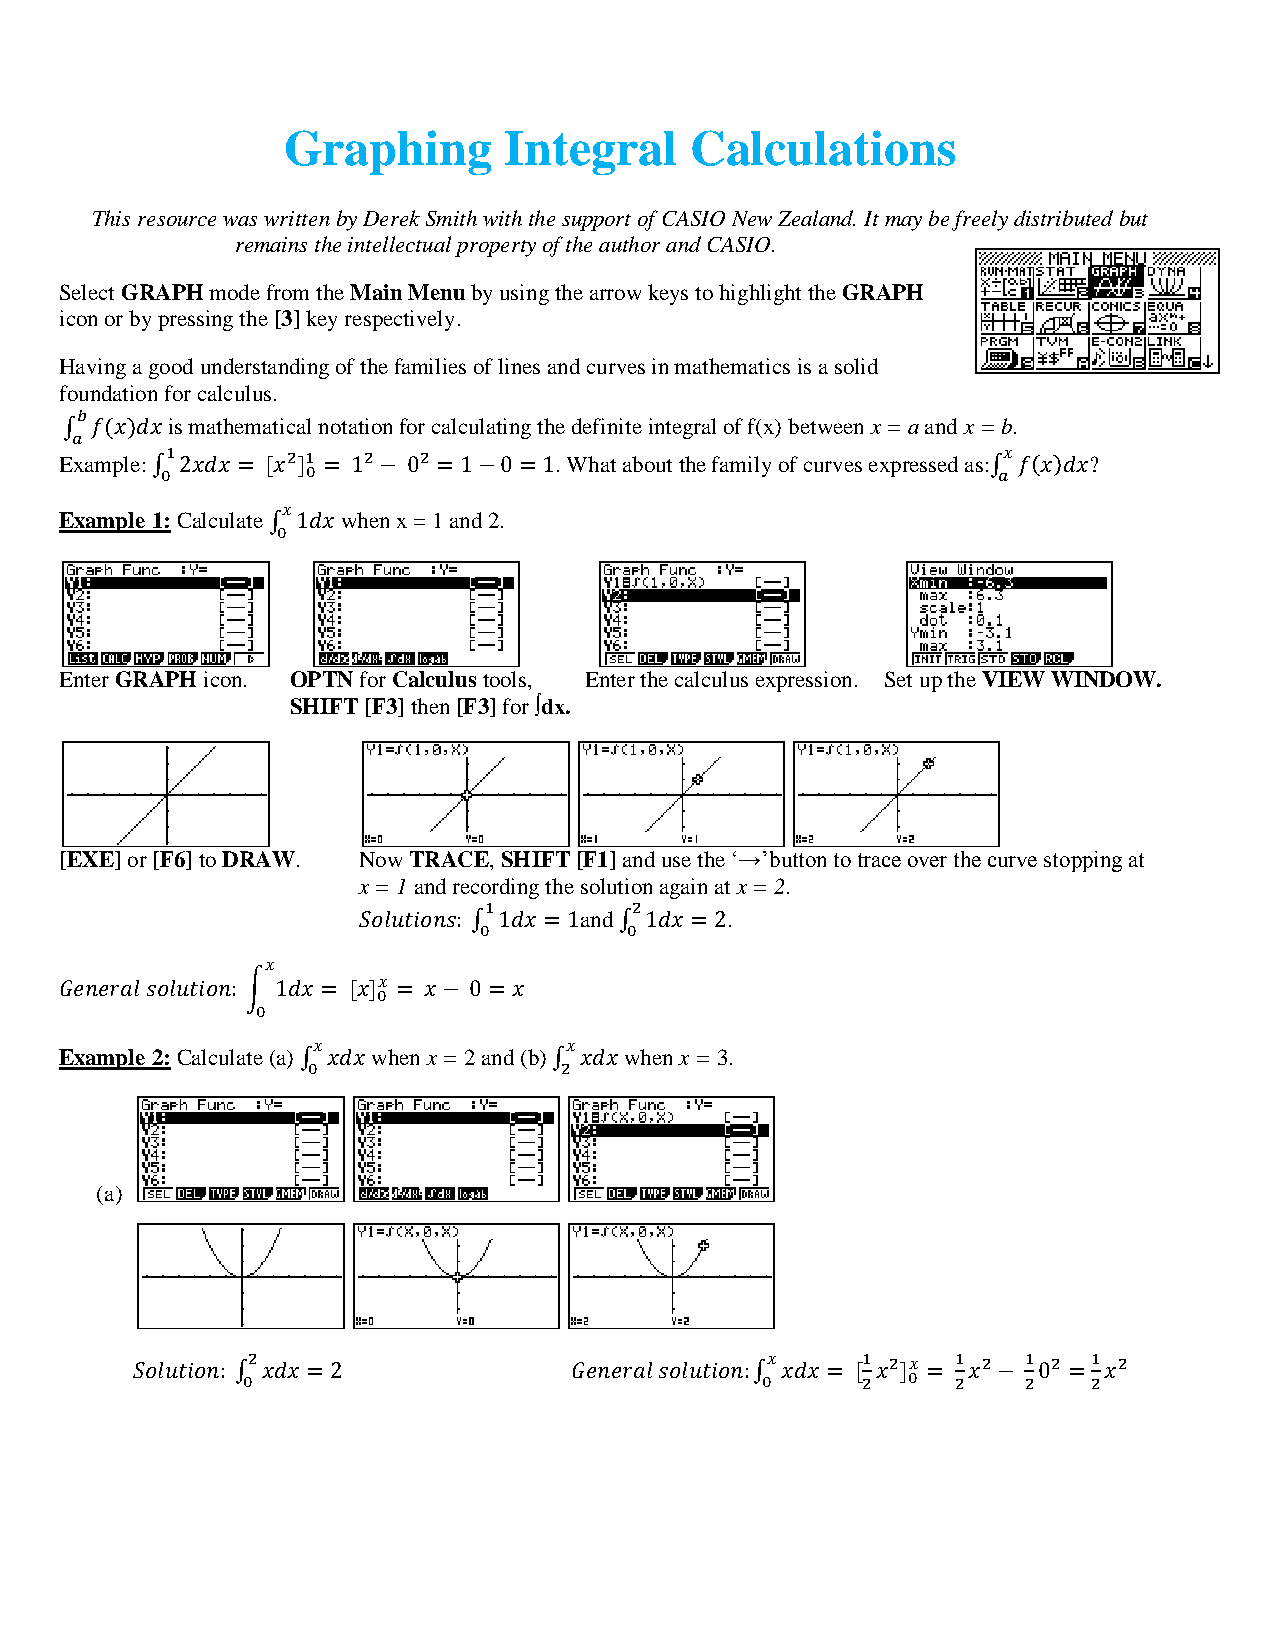
Graphing      Integral     Calculations
 This resource was written by Derek Smith with the support of CASIO New Zealand. It may be freely distributed but
 remains the intellectual property of the author and CASIO.
 Select GRAPH mode from the Main Menu by using the arrow keys to highlight the GRAPH
 icon or by pressing the [3] key respectively.
 Having a good understanding of the families of lines and curves in mathematics is a solid
 foundation for calculus.
 is mathematical notation for calculating the definite integral of f(x) between x = a and x = b.
 𝑏
 Example:                         . What about the family of curves expressed as: ?
 ∫𝑎 𝑓(𝑥)𝑑𝑥
 1       2 1  2   2                                     𝑥
 Example
 1∫0
 :
 C2 a𝑥 l𝑑 c𝑥 ula=
 te
 [𝑥 ]0 =
 w
 1 hen−
 x
 0
 =
 1= an1 d− 2.0 = 1                    ∫𝑎 𝑓(𝑥)𝑑𝑥
 𝑥
 ∫0 1𝑑𝑥
 Enter GRAPH icon. OPTN for Calculus tools, Enter the calculus expression. Set up the VIEW WINDOW.
 SHIFT [F3] then [F3] for ∫dx.
 [EXE] or [F6] to DRAW. Now TRACE, SHIFT [F1] and use the ‘→’button to trace over the curve stopping at
 x = 1 and recording the solution again at x = 2.
 and       .
 1         2
 𝑆𝑜𝑙𝑢𝑡𝑖𝑜𝑛𝑠: ∫0 1𝑑𝑥 = 1 ∫0 1𝑑𝑥 = 2
 𝑥
 𝑥
 𝐺 𝑒𝑛𝑒𝑟𝑎𝑙 𝑠𝑜𝑙𝑢𝑡𝑖𝑜𝑛: � 1𝑑𝑥 = [𝑥]0 = 𝑥− 0 = 𝑥
 0
 Example 2: Calculate (a) when x = 2 and (b) when x = 3.
 𝑥               𝑥
 ∫0 𝑥𝑑𝑥           ∫2 𝑥𝑑𝑥
 (a)
 2                                  𝑥     1 2 𝑥 1 2  1 2 1 2
 𝑆𝑜𝑙𝑢𝑡𝑖𝑜𝑛: ∫0 𝑥𝑑𝑥 = 2         𝐺𝑒𝑛𝑒𝑟𝑎𝑙 𝑠𝑜𝑙𝑢𝑡𝑖𝑜𝑛:∫0 𝑥𝑑𝑥 = [2𝑥 ]0 = 2𝑥 − 20 =2𝑥